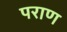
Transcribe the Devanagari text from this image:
पराण